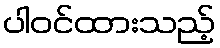
ပါဝင်ထားသည့်